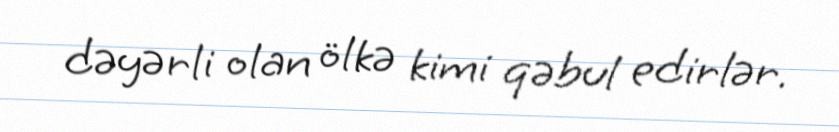
dəyərli olan ölkə kimi qəbul edirlər.